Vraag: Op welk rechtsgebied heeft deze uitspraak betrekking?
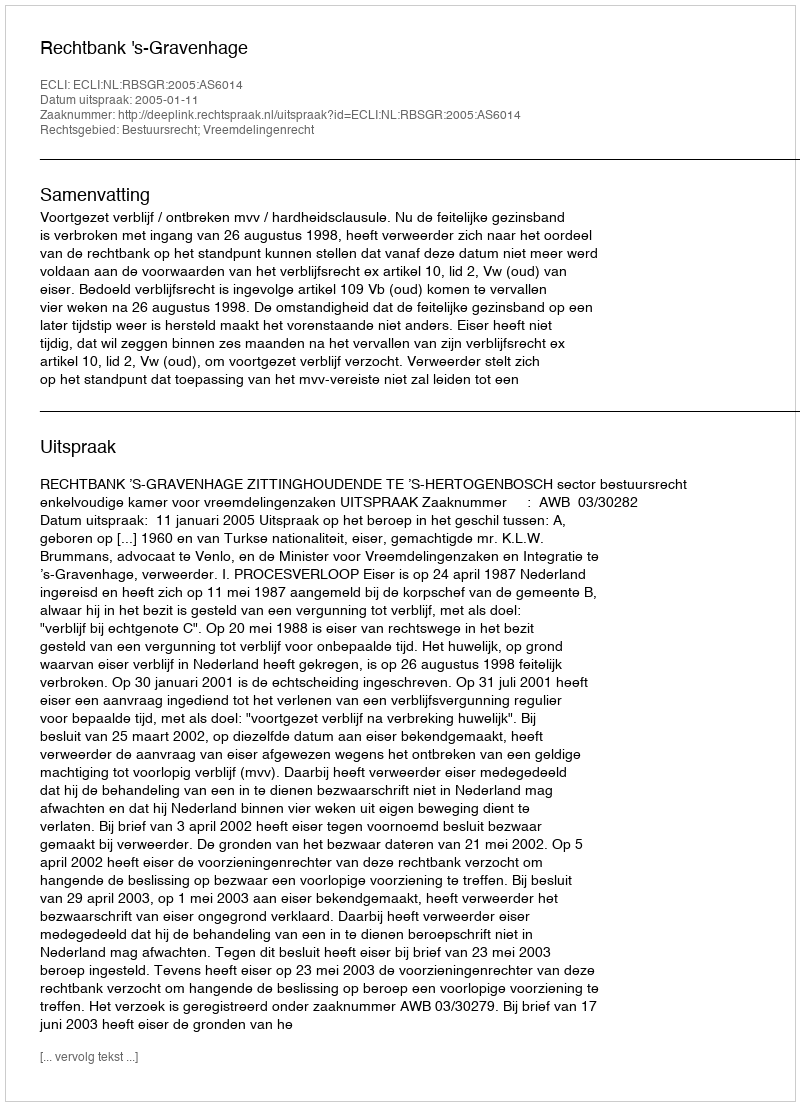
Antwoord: Bestuursrecht; Vreemdelingenrecht